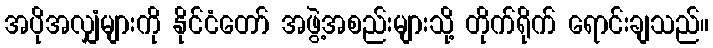
အပိုအလျှံများကို နိုင်ငံတော် အဖွဲ့အစည်းများသို့ တိုက်ရိုက် ရောင်းချသည်။